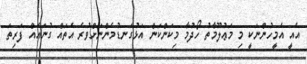
އެއީ އެމީހުންނަކީ މި މަޢުލޫމާތު ހޯދުމާ މިކަންކަން އަޅުގަނޑުމެންނަށްވުރެ އެތައް ގުނައެއް ފަރިތަ